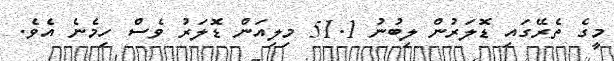
މީގެ ތެރޭގައި ޑޮލަރުން ލިބުނު 51.1 މިލިއަން ޑޮލަރު ވެސް ހިމެނެ އެވެ.